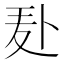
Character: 𪎍